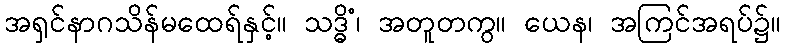
အရှင်နာဂသိန်မထေရ်နှင့်။ သဒ္ဓိံ၊ အတူတကွ။ ယေန၊ အကြင်အရပ်၌။